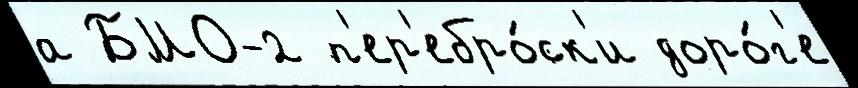
а БМО-2 п'ер'ебро́ск'и доро́г'е